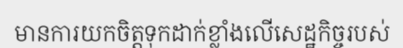
មានការយកចិត្តទុកដាក់ខ្លាំងលើសេដ្ឋកិច្ចរបស់